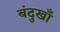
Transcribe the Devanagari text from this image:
बंदुखाँ